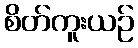
စိတ်ကူးယဉ်